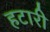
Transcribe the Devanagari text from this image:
हटारी